Leaving Certificate Examination, 1912
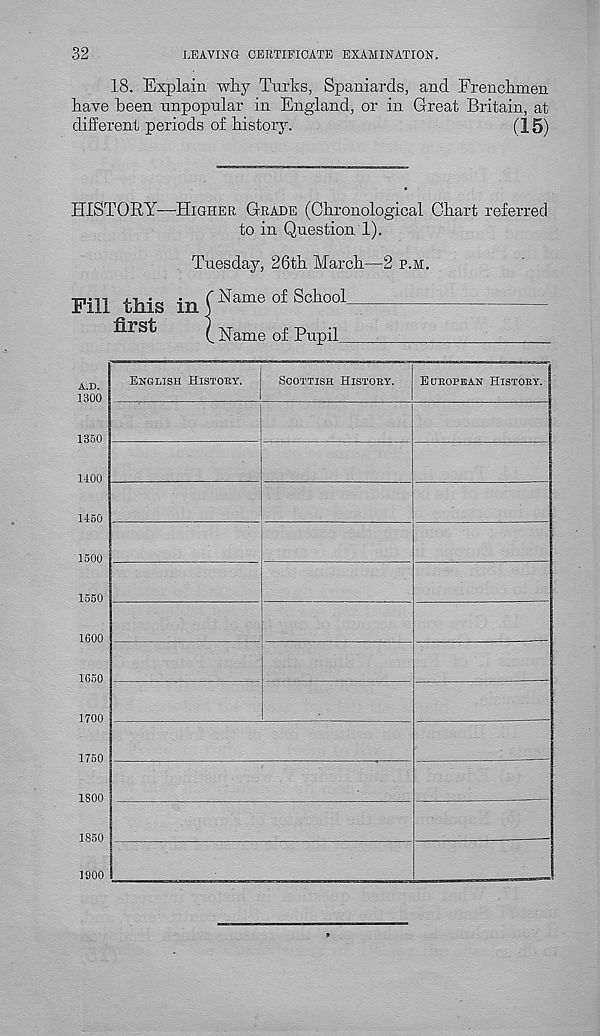
32
LEAVING CERTIFICATE EXAMINATION.
18. Explain wliy Turks, Spaniards, and Frenckmen
have been unpopular in England, or in Great Britain, at
different periods of history.
(15)
HISTORY—Higher Grade (Chronological Chart referred
to in Question 1).
Tuesday, 26th March—2 p.m.
Fill this in
first
Name of School
Name of Pupil_